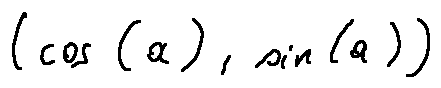
( \cos ( a ) , \sin ( a ) )